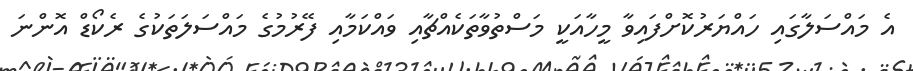
އެ މައްސަލާގައި ހައްޔަރުކޮށްފައިވާ މީހާއަކީ މަސްތުވާތަކެއްޗާއި ވައްކަމާއި ފޭރުމުގެ މައްސަލަތަކުގެ ރެކޯޑް އޮންނަ